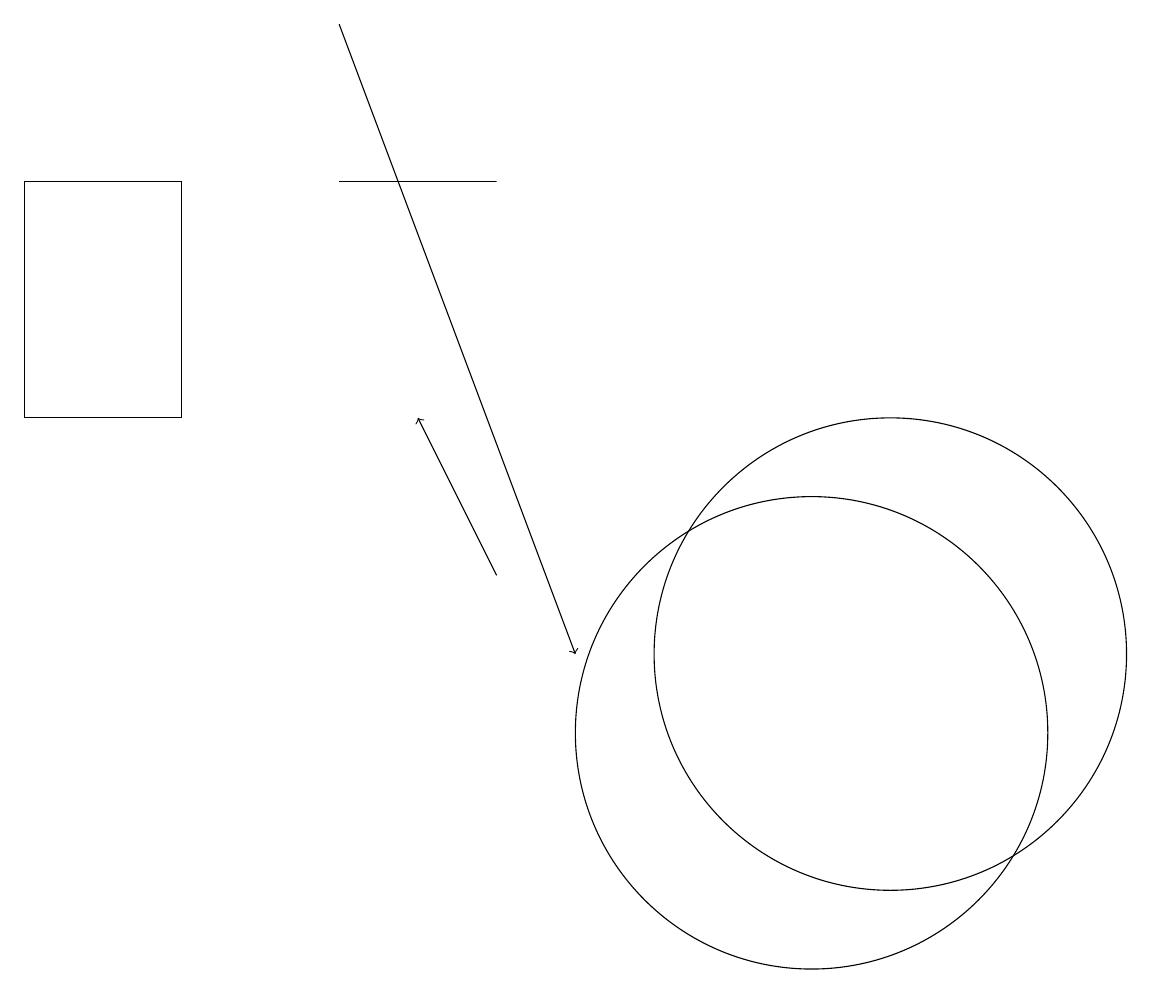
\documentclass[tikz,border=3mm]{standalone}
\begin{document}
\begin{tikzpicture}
\draw[->] (7,12) -- (6,14);
\draw (1,17) rectangle (3,14);
\draw (11,10) circle (3);
\draw (5,17) rectangle (7,17);
\draw (12,11) circle (3);
\draw[->] (5,19) -- (8,11);
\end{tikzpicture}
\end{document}